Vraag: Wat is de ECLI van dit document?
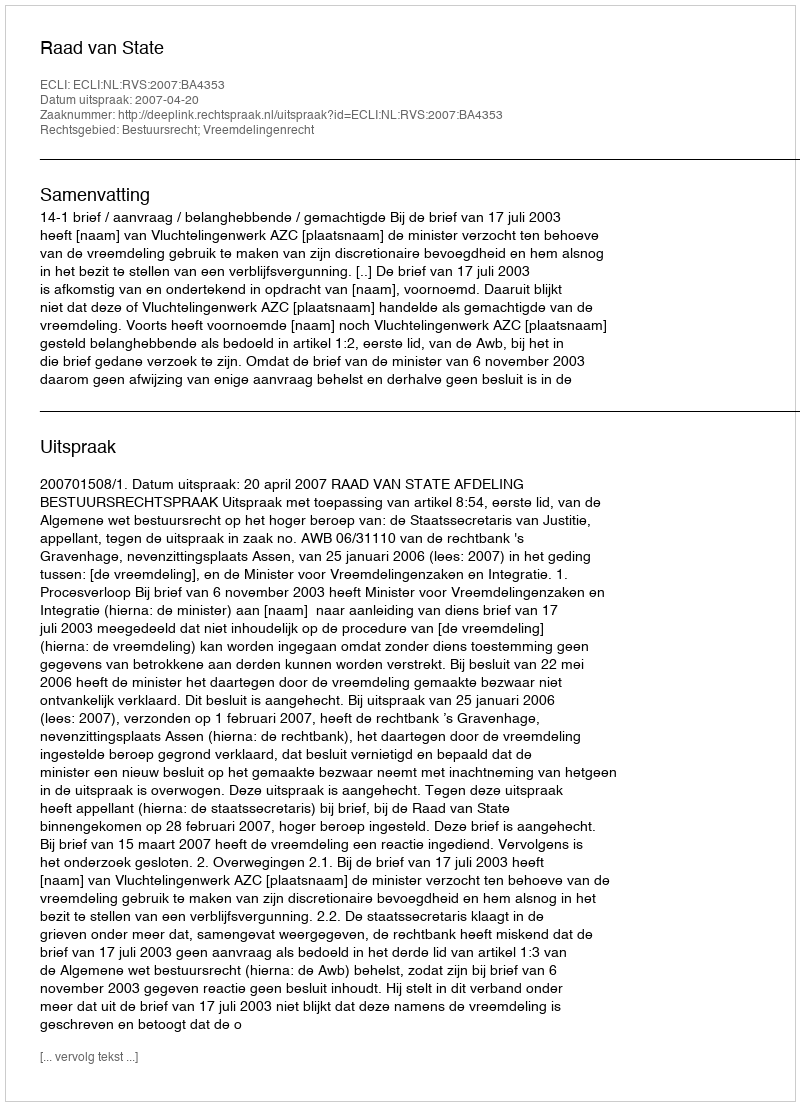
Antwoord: ECLI:NL:RVS:2007:BA4353